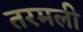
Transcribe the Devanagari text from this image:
तरमली